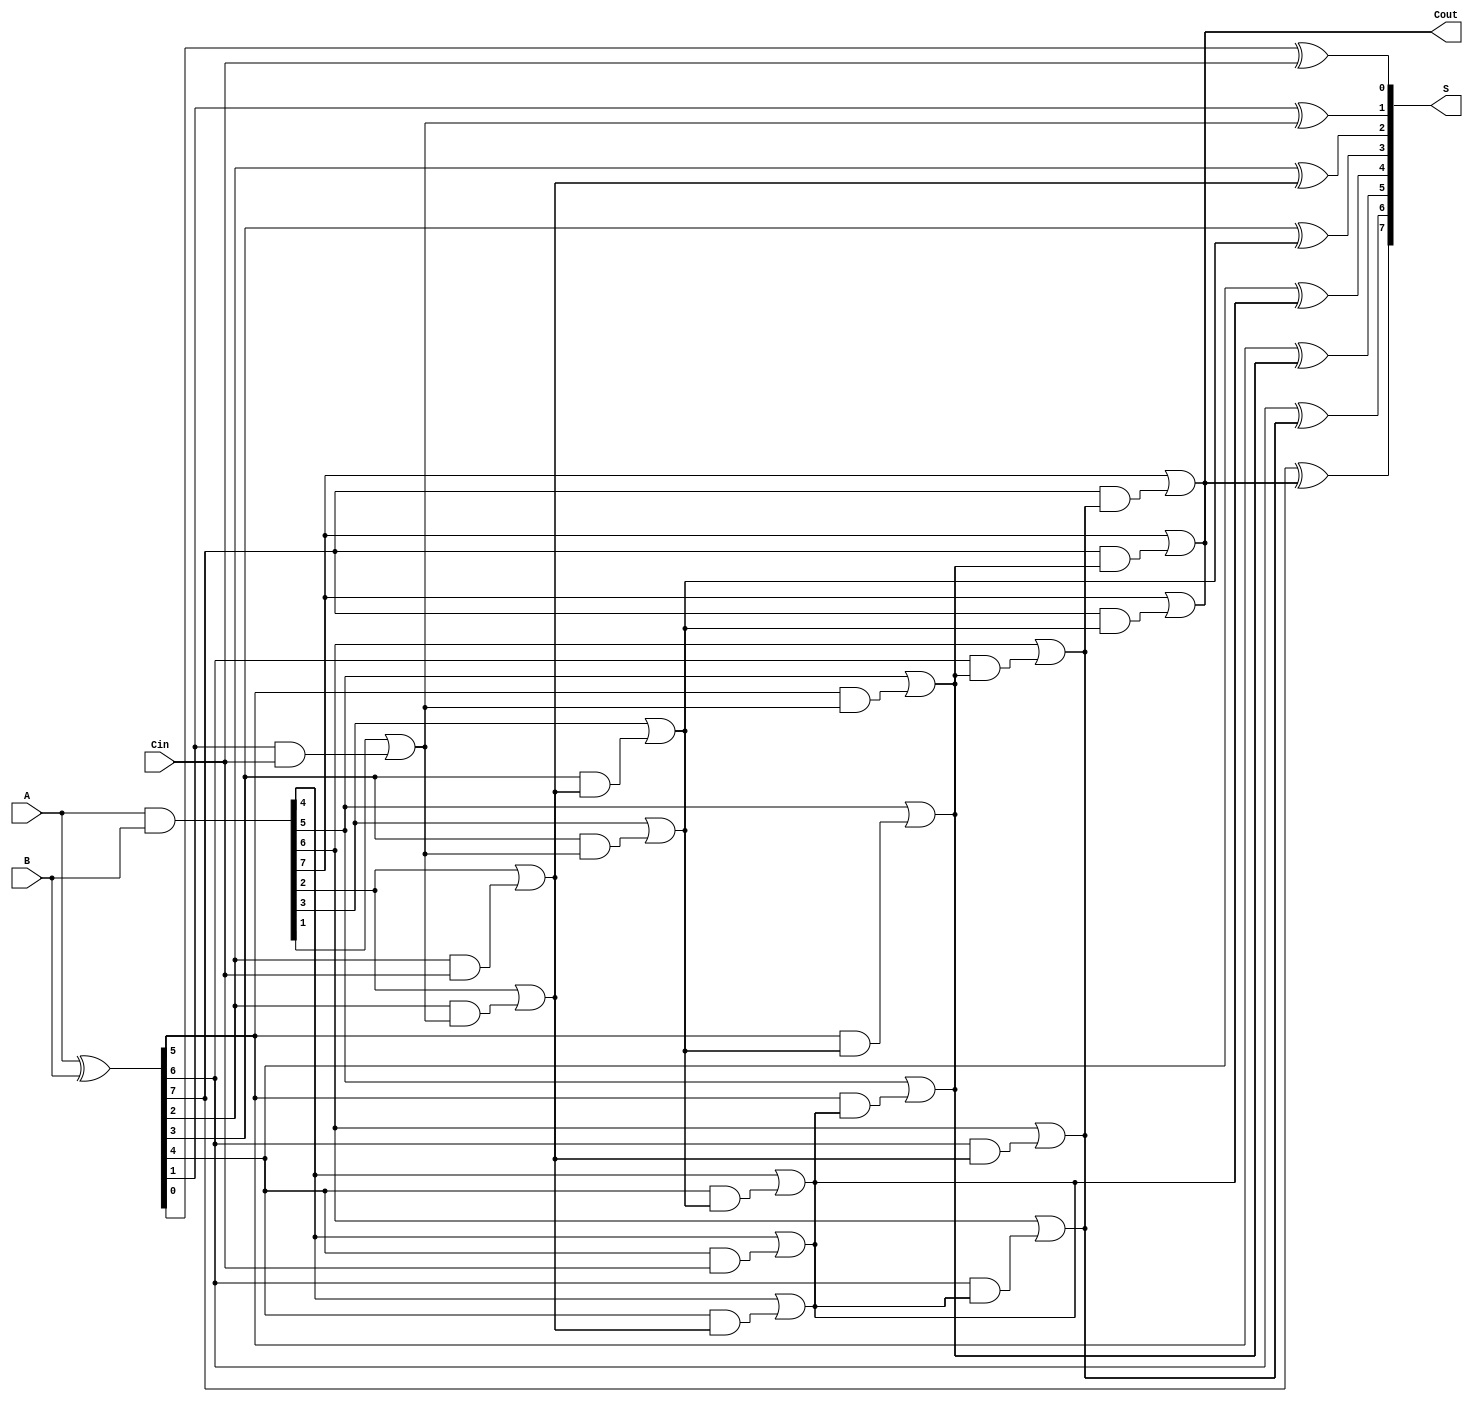
module KoggeStoneAdder #(parameter n = 8) (
    input [n-1:0] A,
    input [n-1:0] B,
    input Cin,
    output [n-1:0] S,
    output Cout
);

    // Generate and propagate signals
    wire [n-1:0] G; // Generate
    wire [n-1:0] P; // Propagate
    wire [n:0] C; // Carry signals

    // Calculate G and P
    assign G = A & B;        // Generate
    assign P = A ^ B;        // Propagate

    // Compute carry signals using Kogge-Stone structure
    assign C[0] = Cin;
    
    genvar i, k;
    
    // Stages of carry computation
    for (k = 1; k <= $clog2(n); k = k + 1) begin
        for (i = 0; i < n; i = i + 1) begin
            if (i >= (1 << (k - 1))) begin
                assign C[i] = G[i] | (P[i] & C[i - (1 << (k - 1))]);
            end
        end
    end

    // Compute sum
    genvar j;
    
    for (j = 0; j < n; j = j + 1) begin
        assign S[j] = P[j] ^ C[j]; // Sum
    end

    // Final carry-out
    assign Cout = C[n-1];

endmodule